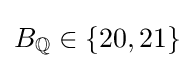
B_{\mathbb {Q} }\in \{20,21\}